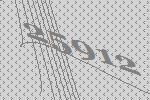
25912